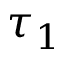
\tau _ { 1 }